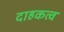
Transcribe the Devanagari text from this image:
दाहकत्व